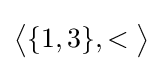
{\big \langle }\{1,3\},<{\big \rangle }